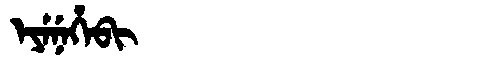
Manchu: ᡝᠶᡝᠨᡝᡥᡝᠪᡳ
Romanization: EYENEHEBI